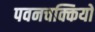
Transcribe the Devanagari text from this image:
पवनचक्कियों